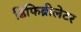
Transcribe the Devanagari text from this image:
डिफिब्रीलेटर